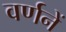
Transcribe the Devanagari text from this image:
वर्णनें